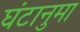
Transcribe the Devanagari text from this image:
घंटानुमा